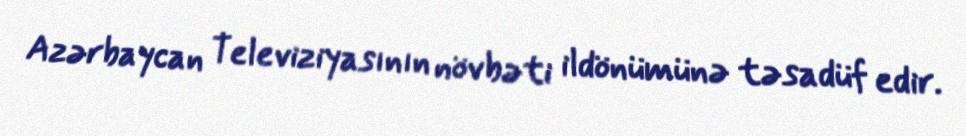
Azərbaycan Televiziyasının növbəti ildönümünə təsadüf edir.